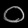
Digit: ၀